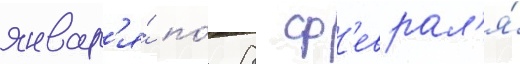
январ'я́ по́ 8 ф'еврал'я́